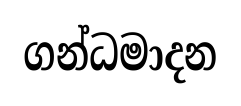
ගන්ධමාදන